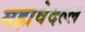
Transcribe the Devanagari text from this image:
महावेदल्ल